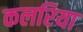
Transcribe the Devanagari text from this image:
कलरिया